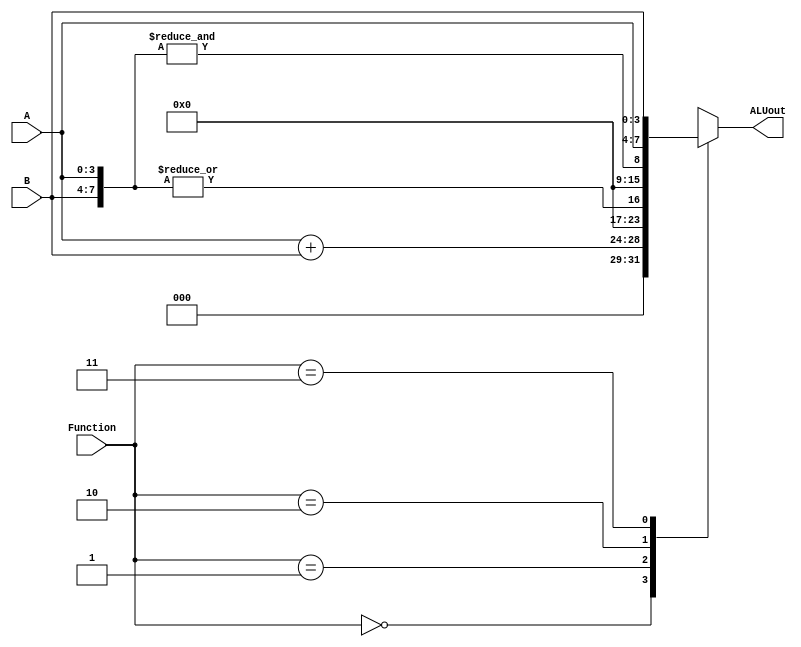
module part3(A, B, Function, ALUout);
    parameter N = 4;
    input [N-1:0] A, B;
    input [1:0] Function; //only two bits since there are 4 different cases
    output reg [(2*N-1):0] ALUout;

    always @ *
        begin
            case(Function) //function takes in 2 bits for each of the 2^2 cases 
                2'b00: ALUout = A+B;
                2'b01: ALUout = |{A, B}; //case 1, 8'b00000001 if any of the 8 bits in A and B contain 1
                2'b10: ALUout = &{A, B}; //case 2, 8'b00000001 if all of the 8 bits in A and B are 1
                2'b11: ALUout = {A, B}; //case 3, display A as MSBs and B as LSBs
                default: ALUout = {8'b0};
            endcase
        end

endmodule